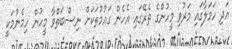
އަދި ހަމަލާގައި މަރުވި މީހުންގެ ތެރޭގައި އެހެން ގައުމުތަކަށް ނިސްބަތްވާ މީހުން ހިމެނުމަކީ